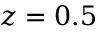
z = 0 . 5